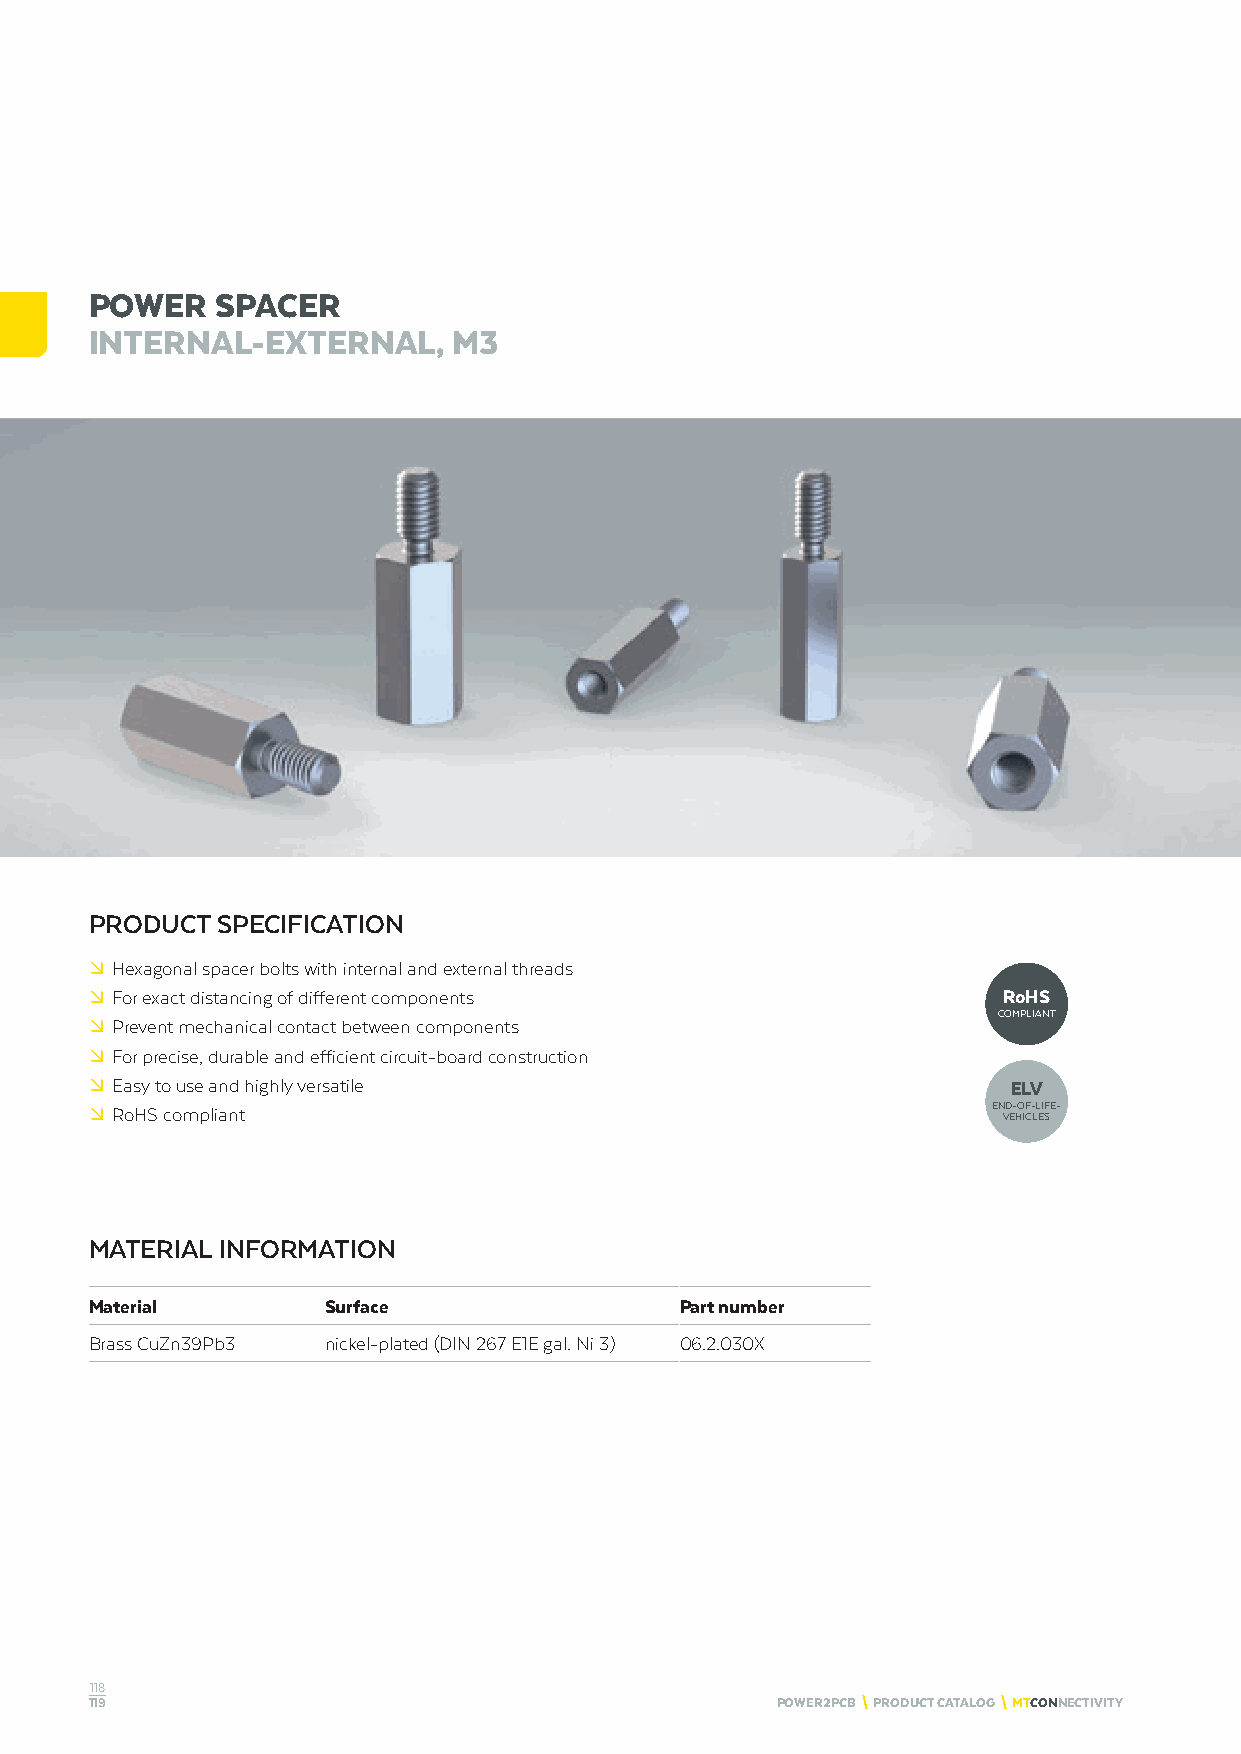
POWER   SPACER
 INTERNAL-EXTERNAL,      M3
 PRODUCT SPECIFICATION
 º Hexagonal spacer bolts with internal and external threads
 º For exact distancing of different components              RoHS
 COMPLIANT
 º Prevent mechanical contact between components
 º For precise, durable and efficient circuit-board construction
 º Easy to use and highly versatile                           ELV
 º RoHS compliant                                            END-OF-LIFE-
 VEHICLES
 MATERIAL INFORMATION
 Material        Surface                Part number
 Brass CuZn39Pb3 nickel-plated (DIN 267 E1E gal. Ni 3) 06.2.030X
 118
 119                                          POWER2PCB \ PRODUCT CATALOG \ MTCONNECTIVITY